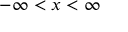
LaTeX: - \infty < x < \infty